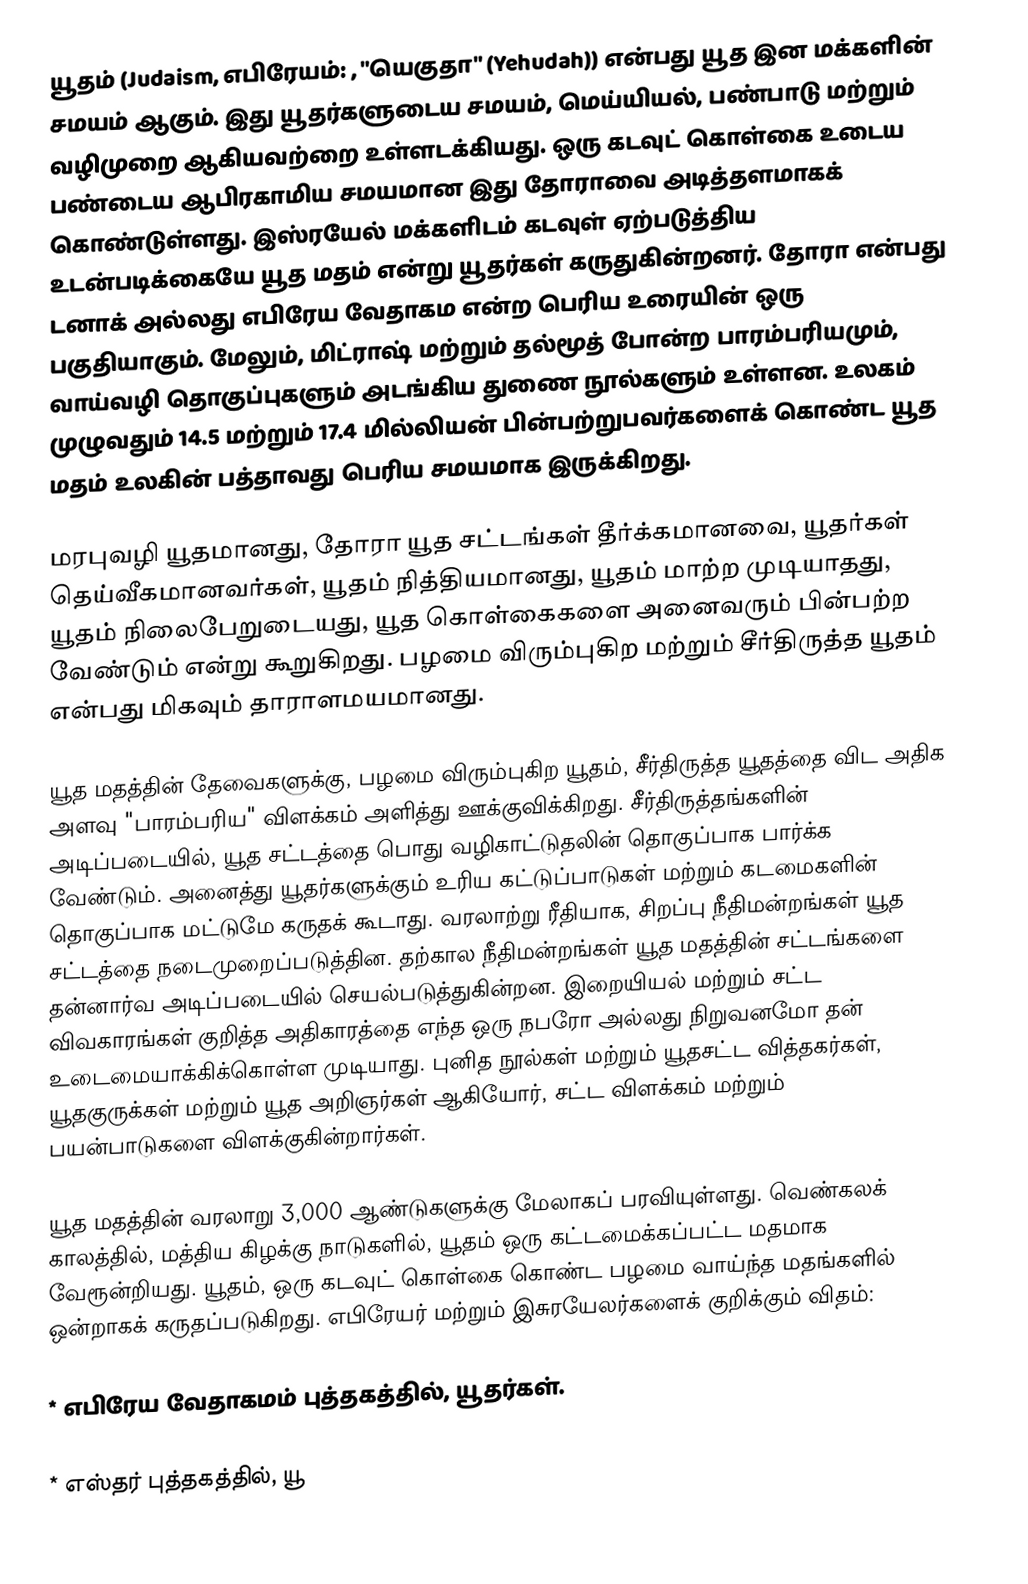
யூதம் (Judaism, எபிரேயம்: , "யெகுதா" (Yehudah)) என்பது யூத இன மக்களின் சமயம் ஆகும். இது யூதர்களுடைய சமயம், மெய்யியல், பண்பாடு மற்றும் வழிமுறை ஆகியவற்றை உள்ளடக்கியது. ஒரு கடவுட் கொள்கை உடைய பண்டைய ஆபிரகாமிய சமயமான இது தோராவை அடித்தளமாகக் கொண்டுள்ளது. இஸ்ரயேல் மக்களிடம் கடவுள் ஏற்படுத்திய உடன்படிக்கையே யூத மதம் என்று யூதர்கள் கருதுகின்றனர். தோரா என்பது டனாக் அல்லது எபிரேய வேதாகம என்ற பெரிய உரையின் ஒரு பகுதியாகும். மேலும், மிட்ராஷ் மற்றும் தல்மூத் போன்ற பாரம்பரியமும், வாய்வழி தொகுப்புகளும் அடங்கிய துணை நூல்களும் உள்ளன. உலகம் முழுவதும் 14.5 மற்றும் 17.4 மில்லியன் பின்பற்றுபவர்களைக் கொண்ட யூத மதம் உலகின் பத்தாவது பெரிய சமயமாக இருக்கிறது.

மரபுவழி யூதமானது, தோரா யூத சட்டங்கள் தீர்க்கமானவை, யூதர்கள்  தெய்வீகமானவர்கள், யூதம் நித்தியமானது, யூதம் மாற்ற முடியாதது, யூதம்  நிலைபேறுடையது,  யூத கொள்கைகளை அனைவரும் பின்பற்ற வேண்டும் என்று கூறுகிறது. பழமை விரும்புகிற மற்றும் சீர்திருத்த யூதம் என்பது மிகவும் தாராளமயமானது.

யூத மதத்தின் தேவைகளுக்கு, பழமை விரும்புகிற யூதம், சீர்திருத்த யூதத்தை விட அதிக அளவு "பாரம்பரிய" விளக்கம் அளித்து ஊக்குவிக்கிறது. சீர்திருத்தங்களின் அடிப்படையில், யூத சட்டத்தை பொது வழிகாட்டுதலின் தொகுப்பாக பார்க்க வேண்டும். அனைத்து யூதர்களுக்கும் உரிய கட்டுப்பாடுகள் மற்றும் கடமைகளின் தொகுப்பாக மட்டுமே கருதக் கூடாது. வரலாற்று ரீதியாக, சிறப்பு நீதிமன்றங்கள் யூத சட்டத்தை நடைமுறைப்படுத்தின. தற்கால நீதிமன்றங்கள் யூத மதத்தின் சட்டங்களை தன்னார்வ அடிப்படையில் செயல்படுத்துகின்றன. இறையியல் மற்றும் சட்ட விவகாரங்கள் குறித்த அதிகாரத்தை எந்த ஒரு நபரோ அல்லது நிறுவனமோ தன் உடைமையாக்கிக்கொள்ள முடியாது. புனித நூல்கள் மற்றும் யூதசட்ட வித்தகர்கள், யூதகுருக்கள் மற்றும் யூத அறிஞர்கள் ஆகியோர், சட்ட விளக்கம் மற்றும் பயன்பாடுகளை விளக்குகின்றார்கள்.

யூத மதத்தின் வரலாறு 3,000 ஆண்டுகளுக்கு மேலாகப் பரவியுள்ளது. வெண்கலக் காலத்தில், மத்திய கிழக்கு நாடுகளில், யூதம் ஒரு கட்டமைக்கப்பட்ட மதமாக வேரூன்றியது. யூதம், ஒரு கடவுட் கொள்கை கொண்ட பழமை வாய்ந்த மதங்களில் ஒன்றாகக் கருதப்படுகிறது. எபிரேயர் மற்றும் இசுரயேலர்களைக் குறிக்கும் விதம்:

* எபிரேய வேதாகமம் புத்தகத்தில், யூதர்கள்.

* எஸ்தர் புத்தகத்தில், யூ